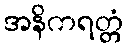
အနိကရတ္တံ